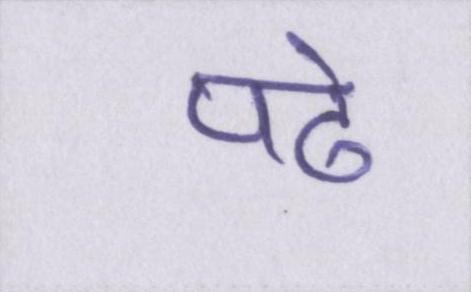
पढे